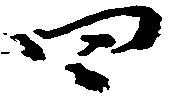
四